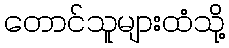
တောင်သူများထံသို့